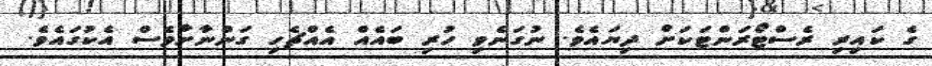
ގެ ކައިރި ރެސްޓޯރަންޓަކަށް ދިޔައެވެ. ނުގަނެވި ހުރި ބައެއް އެއްޗެހި ގަންނާށާވެސް އެކުގައެވެ.